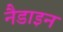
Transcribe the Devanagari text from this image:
नैडाइन